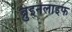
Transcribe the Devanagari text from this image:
ब्रुइनलाइफ